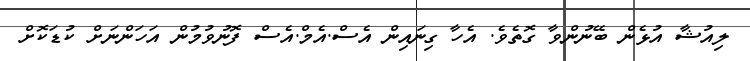
ލިއުޝާ އުޅެން ބޭނުންވާ ގޮތެވެ. އެހާ ގިނައިން އެސް.އެމް.އެސް ފޮނުވުމުން އަހަންނަށް ކުޑަކޮށް